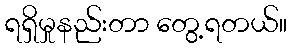
ရရှိမှုနည်းတာ တွေ့ရတယ်။